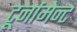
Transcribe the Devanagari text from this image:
टूर्नामेन्ट